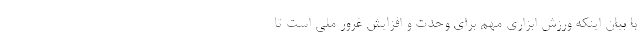
با بیان اینکه ورزش ابزاری مهم برای وحدت و افزایش غرور ملی است تا